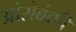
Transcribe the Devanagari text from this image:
ओरोबंकी